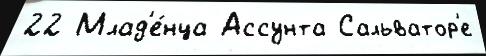
22 Млад'е́нца Ассунта Сальватор'е